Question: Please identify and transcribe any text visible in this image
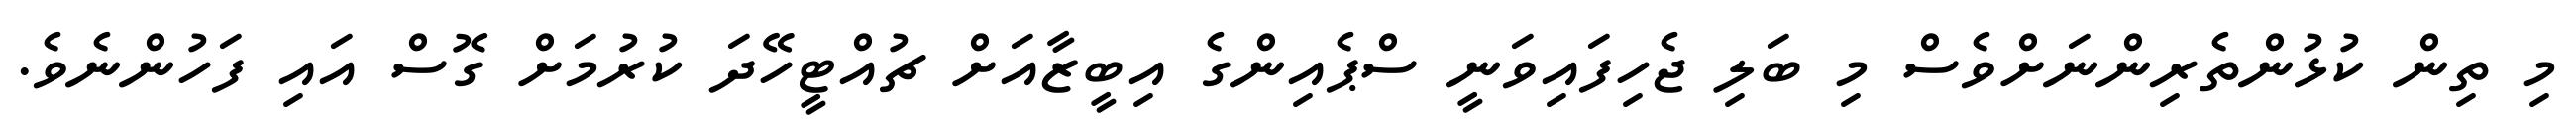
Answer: މި ތިން ކުޅުންތެރިންނަށްވެސް މި ބަލި ޖެހިފައިވަނީ ސްޕެއިންގެ އިބީޒާއަށް ޗުއްޓީހޭދަ ކުރުމަށް ގޮސް އައި ފަހުންނެވެ.